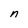
Character: n